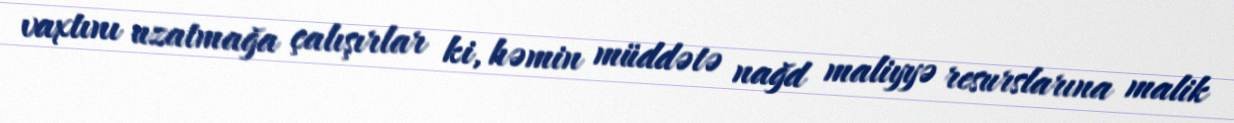
vaxtını uzatmağa çalışırlar ki, həmin müddətə nağd maliyyə resurslarına malik